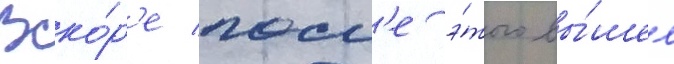
Вско́р'е посл'е э́того вы́шел